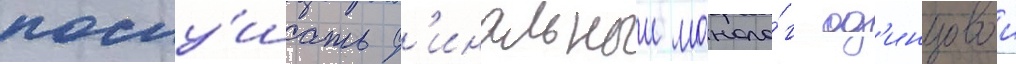
послу́шать ф'инальныи моноло́г од'инцовои